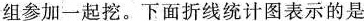
组参加一起挖。下面折线统计图表示的是